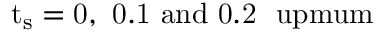
\mathrm { { t _ { s } = 0 , \ 0 . 1 \ \mathrm { { a n d } \ 0 . 2 \ \ u p m u m } } }